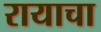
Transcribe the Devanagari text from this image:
रायाचा